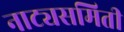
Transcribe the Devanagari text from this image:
नाट्यसमिती